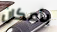
بأمكان